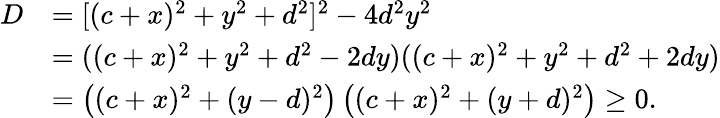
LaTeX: \begin{array}{rl}{D}&{=[(c+x)^{2}+y^{2}+d^{2}]^{2}-4d^{2}y^{2}}\\ &{=((c+x)^{2}+y^{2}+d^{2}-2dy)((c+x)^{2}+y^{2}+d^{2}+2dy)}\\ &{=\left((c+x)^{2}+(y-d)^{2}\right)\left((c+x)^{2}+(y+d)^{2}\right)\ge 0.}\end{array}